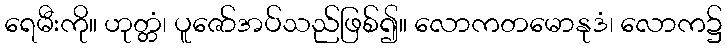
ရေမီးကို။ ဟုတ္တံ၊ ပူဇော်အပ်သည်ဖြစ်၍။ လောကတမောနုဒံ၊ လောက၌